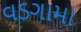
વડગામા